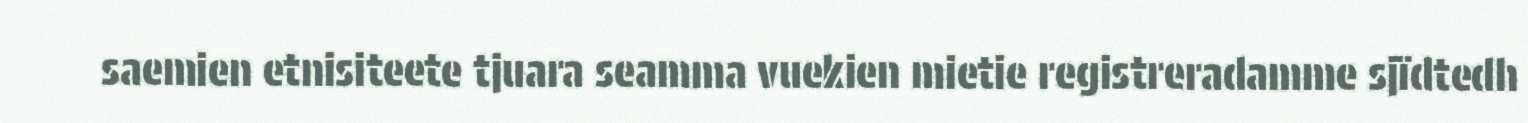
saemien etnisiteete tjuara seamma vuekien mietie registreradamme sjïdtedh